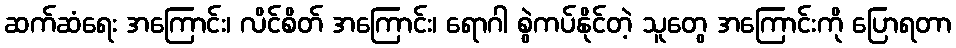
ဆက်ဆံရေး အကြောင်း၊ လိင်စိတ် အကြောင်း၊ ရောဂါ စွဲကပ်နိုင်တဲ့ သူတွေ အကြောင်းကို ပြောရတာ